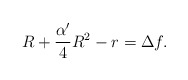
\begin{align*}R+\frac{\alpha'}{4}R^2-r=\Delta f.\end{align*}